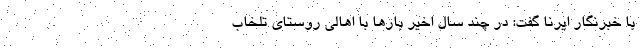
با خبرنگار ایرنا گفت: در چند سال اخیر بار‌ها با اهالی روستای تلخاب